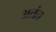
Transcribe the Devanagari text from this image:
अतंत